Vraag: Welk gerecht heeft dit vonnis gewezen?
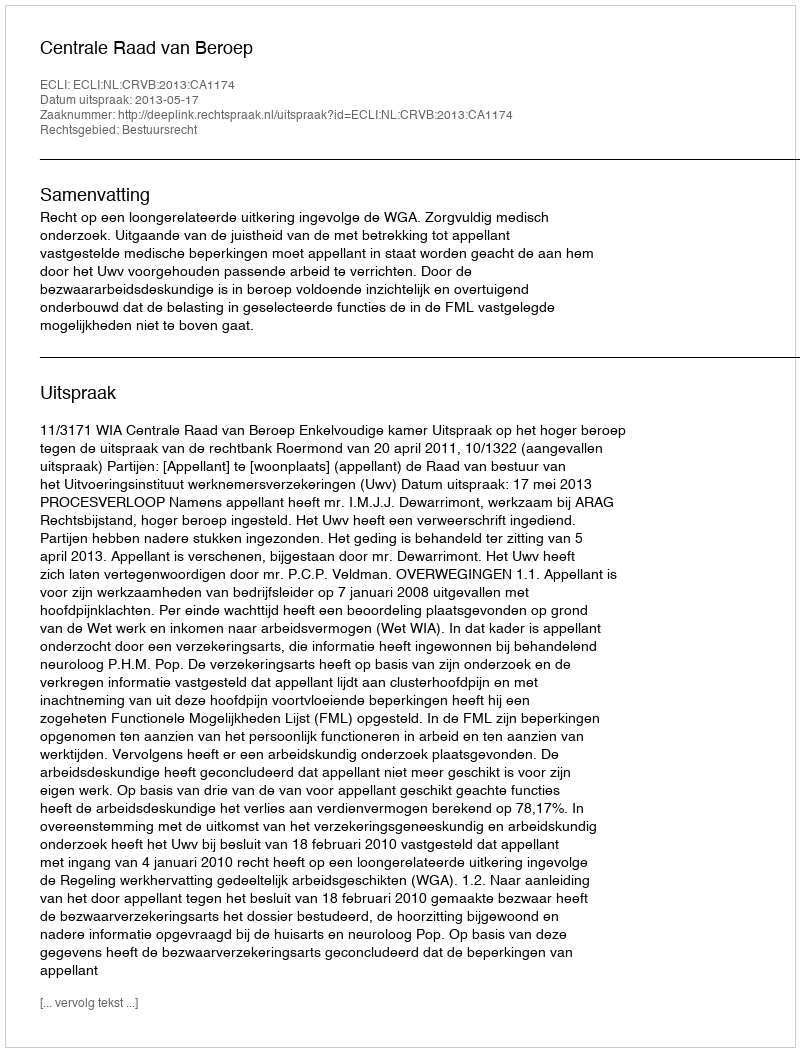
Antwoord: Centrale Raad van Beroep